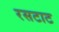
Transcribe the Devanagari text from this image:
रसटाट